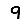
Digit: 9